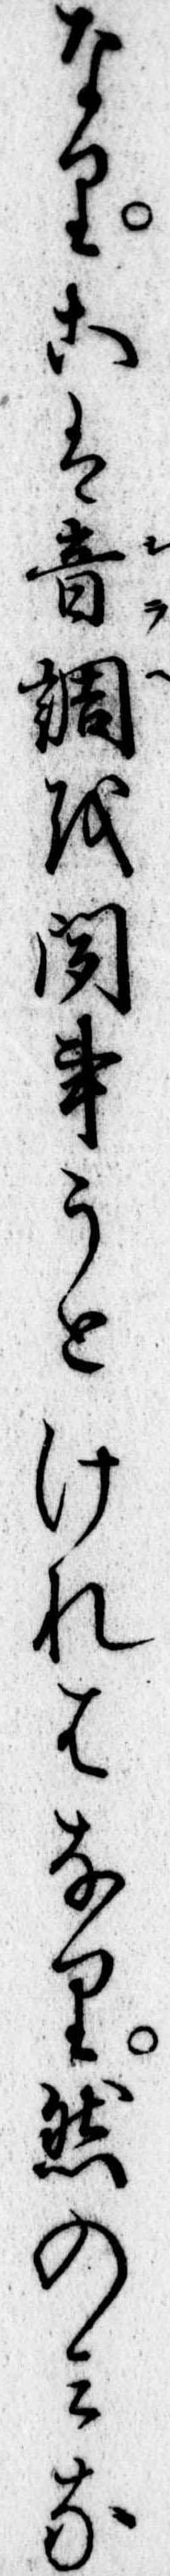
なりこは音調を聞事うとけれはなり然のみな